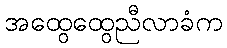
အထွေထွေညီလာခံက